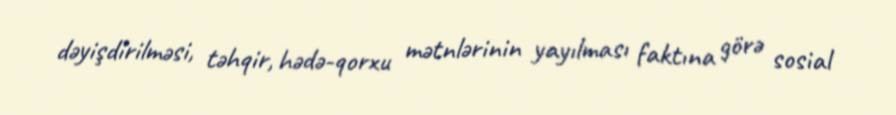
dəyişdirilməsi, təhqir, hədə-qorxu mətnlərinin yayılması faktına görə sosial